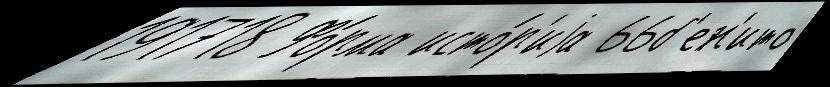
191718 Фо́рма исто́р'иjа 66б'ен'ито